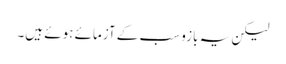
لیکن یہ بازو سب کے آزمائے ہوئے ہیں۔